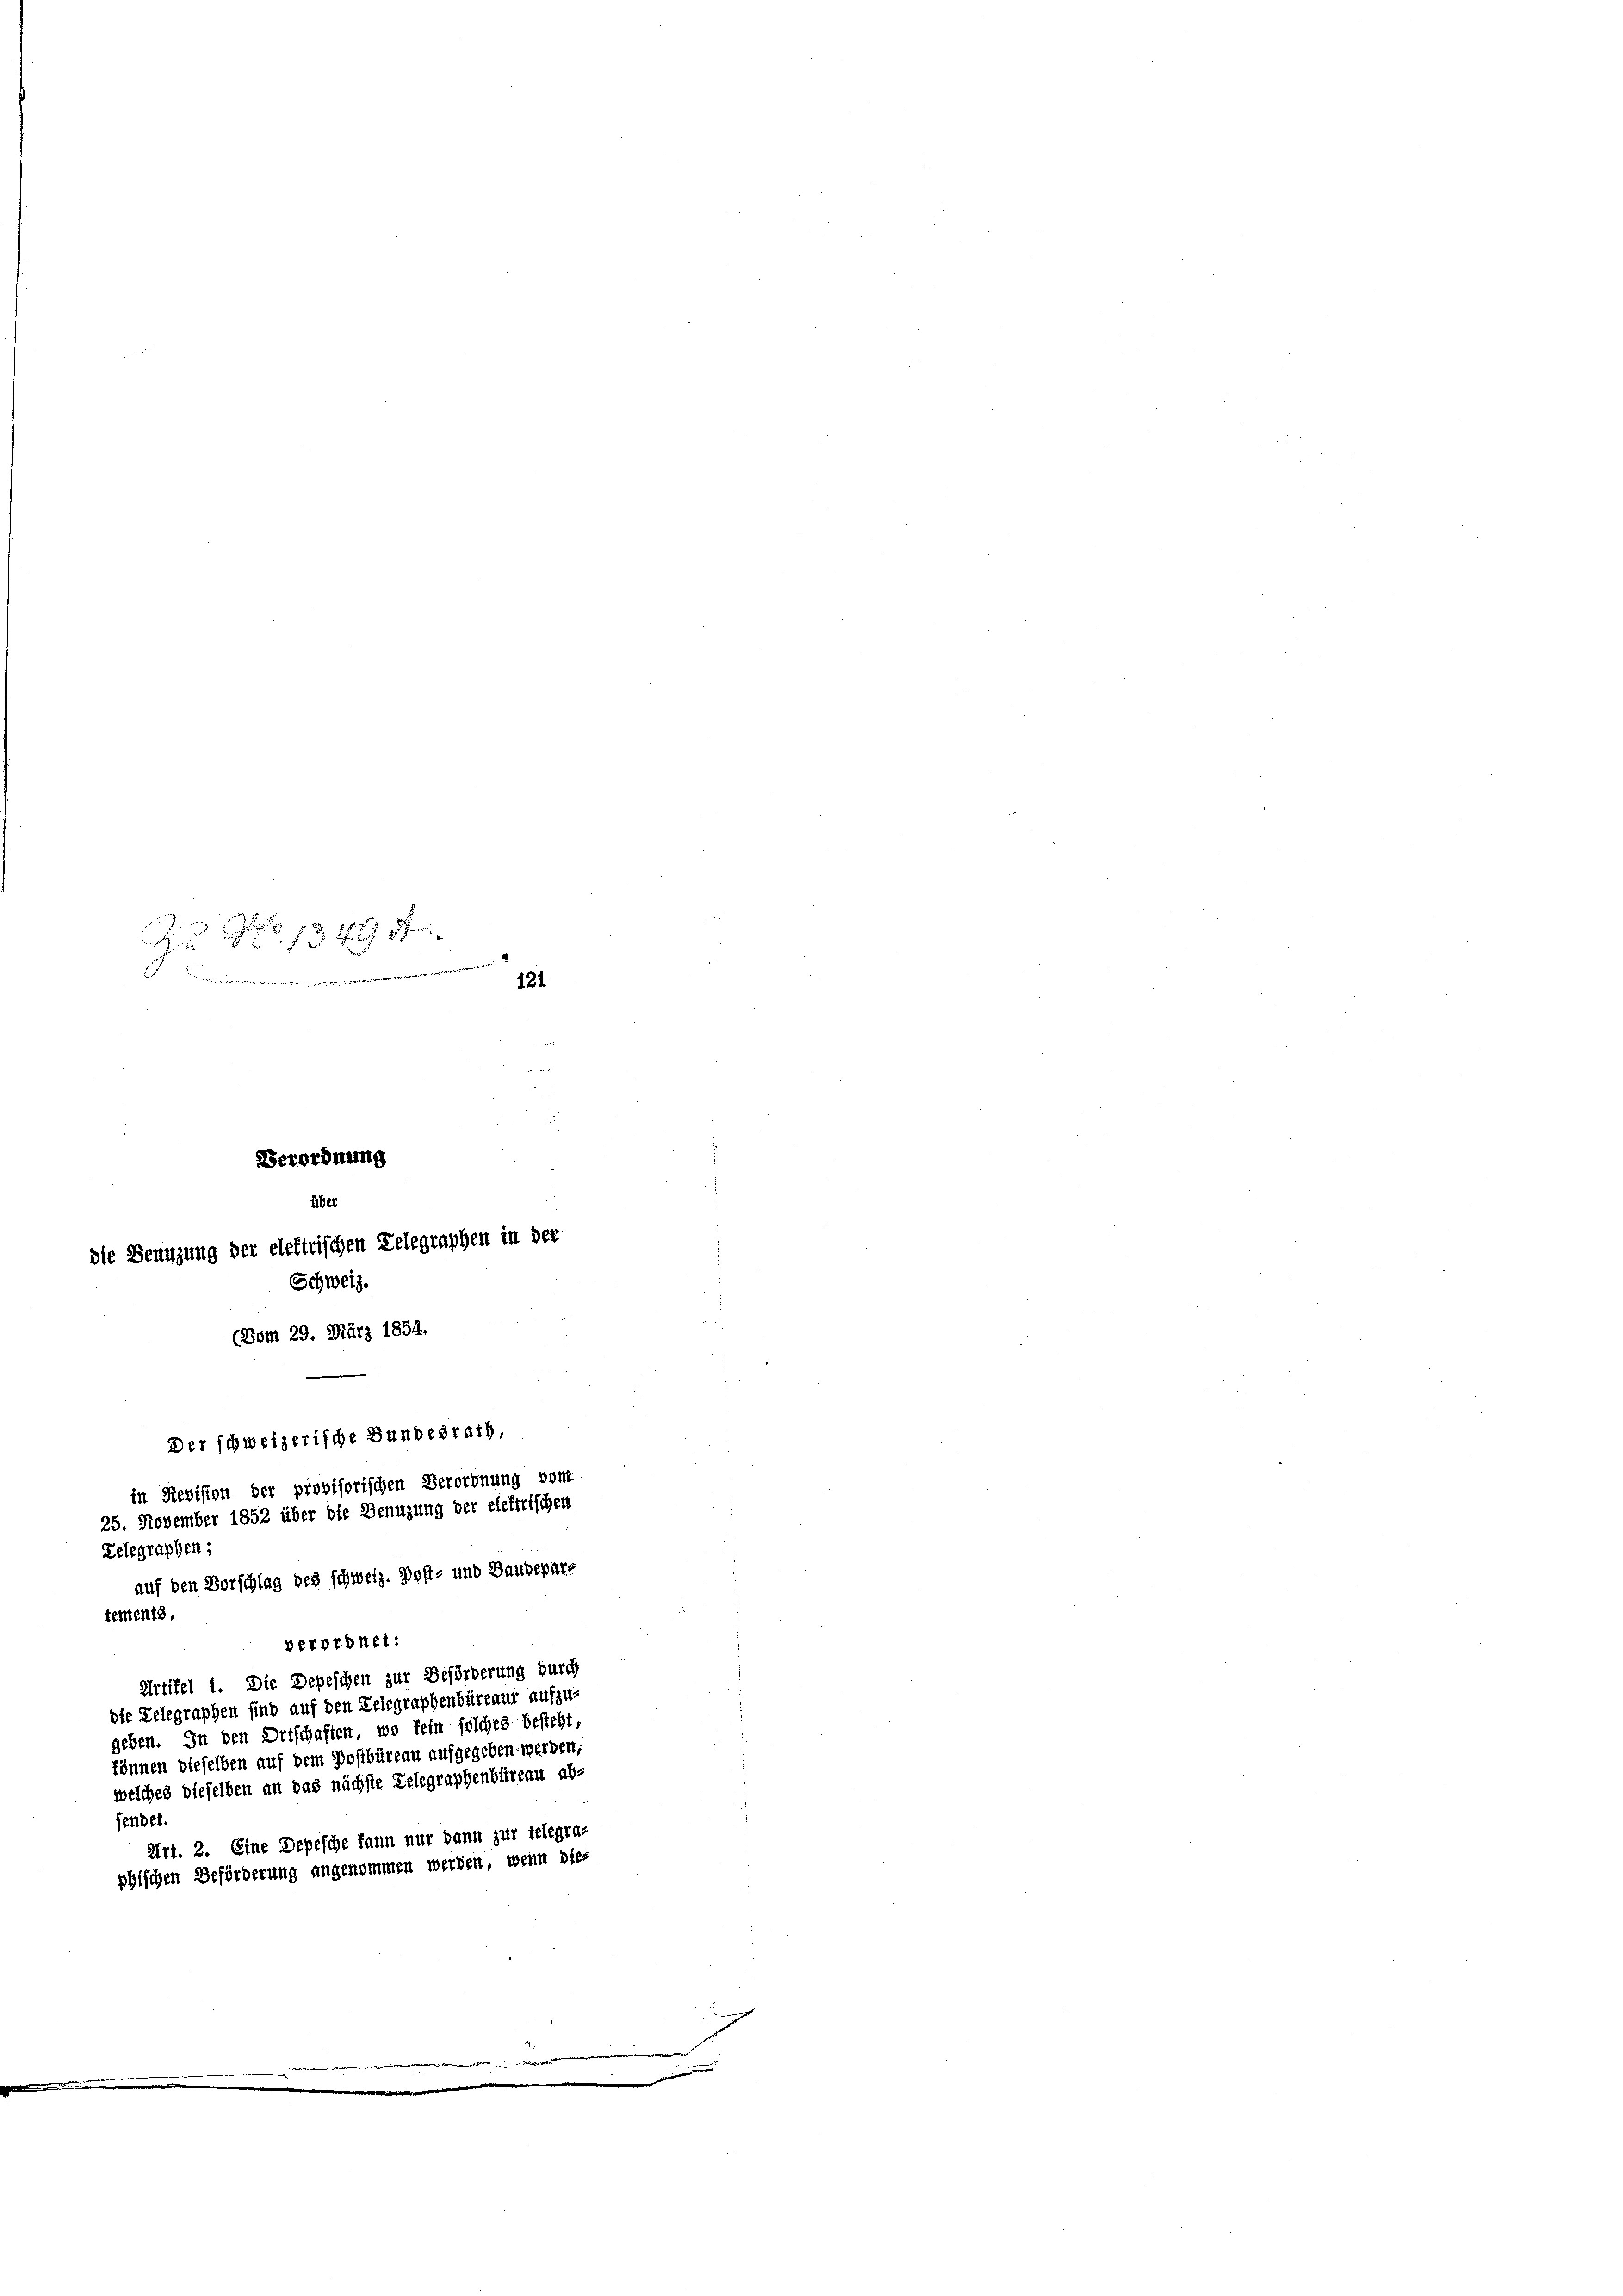
Zu 13494.
3
121

Verordnung
über
die Benuzung der elektrischen Delegraphen in der
Schweiz.
(Bom 29. März 1854.

Der schweizerische Bundesrath,
in Revision der provisorischen Verordnung vom
25. November 1852 über die Benuzung der elektrischen
Zelegraphen;
auf den Vorschlag des schweiz. Post- und Baudepara
tements,
verordnet:
Areifel 1. Die Depeschen zur Beförderung durch
die Telegraphen sind auf den Telegraphenbüreaur aufzu-
geben. In den Ortschaften, wo fein solches besteht,

können dieselben auf dem Postbüreau aufgegeben werden,
welches dieselben an das nächste Telegraphenbüreau ab-
fendet.
Art. 2. Eine Depesche kann nur dann zur telegraphischen Beförderung angenommen werden, wenn dies